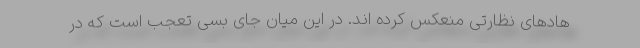
هادهای نظارتی منعکس کرده اند. در این میان جای بسی تعجب است که در